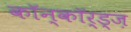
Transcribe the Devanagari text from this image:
कॉन्कॉर्ड्ज़